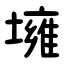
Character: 㙲